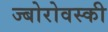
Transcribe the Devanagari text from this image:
ज्बोरोवस्की